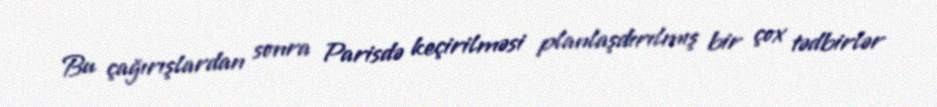
Bu çağırışlardan sonra Parisdə keçirilməsi planlaşdırılmış bir çox tədbirlər